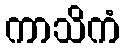
ကာသိကံ